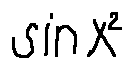
\sin x ^ { 2 }